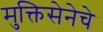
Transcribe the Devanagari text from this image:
मुक्तिसेनेचे